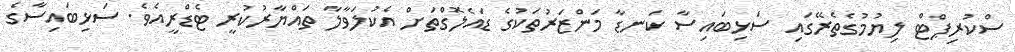
ސްކުރިޕްޓް ލިޔުމުގެތެރޭގައި ސަޅިބައިސާ ކަނޑާ މަންޒަރުތަކުގެ ޑައެލޮގްތަށް އެކުލަވާލާ ތައްޔާރުކުރީ ޓެޑްރީއެވެ. ސަޅިބައިސާގެ